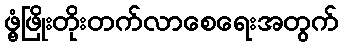
ဖွံ့ဖြိုးတိုးတက်လာစေရေးအတွက်